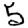
Digit: 5